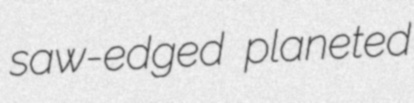
saw-edged planeted